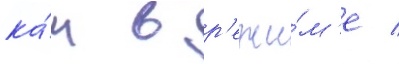
ка́к в р'ежи́м'е /